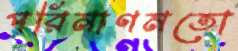
পরিমাণমতো